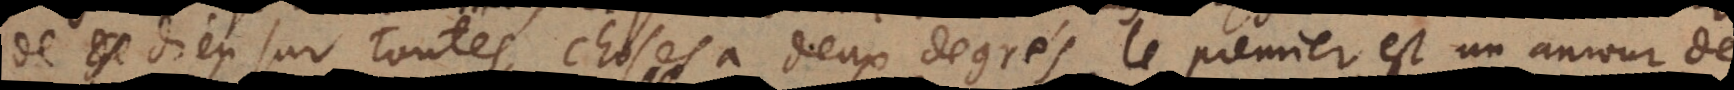
de Dieu sur toutes choses a deux degrés, le premier est un amour de